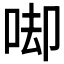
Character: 𠳞